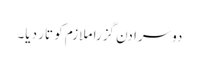
دوسرا دن گزرا ملازم کو تار دیا۔